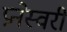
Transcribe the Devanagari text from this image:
प्रनेस्वरी